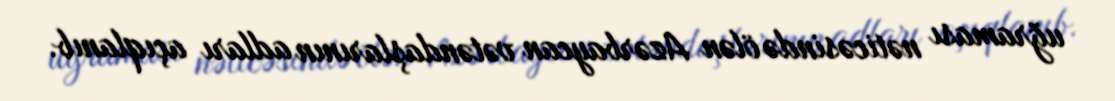
uğraması nəticəsində ölən Azərbaycan vətəndaşlarının adları açıqlanıb.